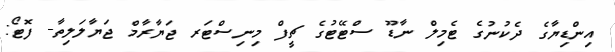
އިންޑިޔާގެ ދެކުނުގެ ޓެމިލް ނާޑޫ ސްޓޭޓުގެ ޗީފް މިނިސްޓަރ ޖަޔާރާމް ޖަޔާލަލިތާ- ފޮޓޯ: